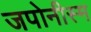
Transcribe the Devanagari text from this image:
जपोनीस्म